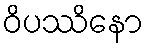
ဝိပဿိနော